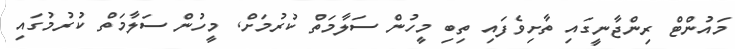
މައުންޓް ރިންޖާނީގައި ތާށިވެފައި ތިބި މީހުން ސަލާމަތް ކުރުމަށް